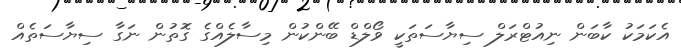
އެކަމަކު ކާބަން ނިއުޓްރަލް ސިޔާސަތަކީ ވޯލްޑް ބޭންކުން މިސާލެއްގެ ގޮތުން ނަގާ ސިޔާސަތެއް